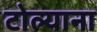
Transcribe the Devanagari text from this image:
टोल्याना